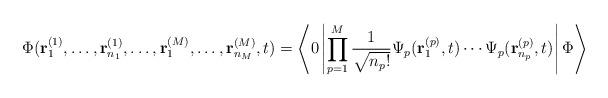
LaTeX: \begin{align*}\Phi({\bf r}_1^{(1)},\ldots,{\bf r}_{n_1}^{(1)},\ldots,{\bf r}_1^{(M)},\ldots, {\bf r}_{n_M}^{(M)},t) =\left\langle 0\left|\prod_{p=1}^M\frac{1}{\sqrt{n_p !}}\Psi_p ({\bf r}_1^{(p)},t) \cdots\Psi_p({\bf r}_{n_p}^{(p)},t)\right|\Phi\right\rangle\end{align*}